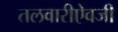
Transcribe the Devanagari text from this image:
तलवारीऐवजी